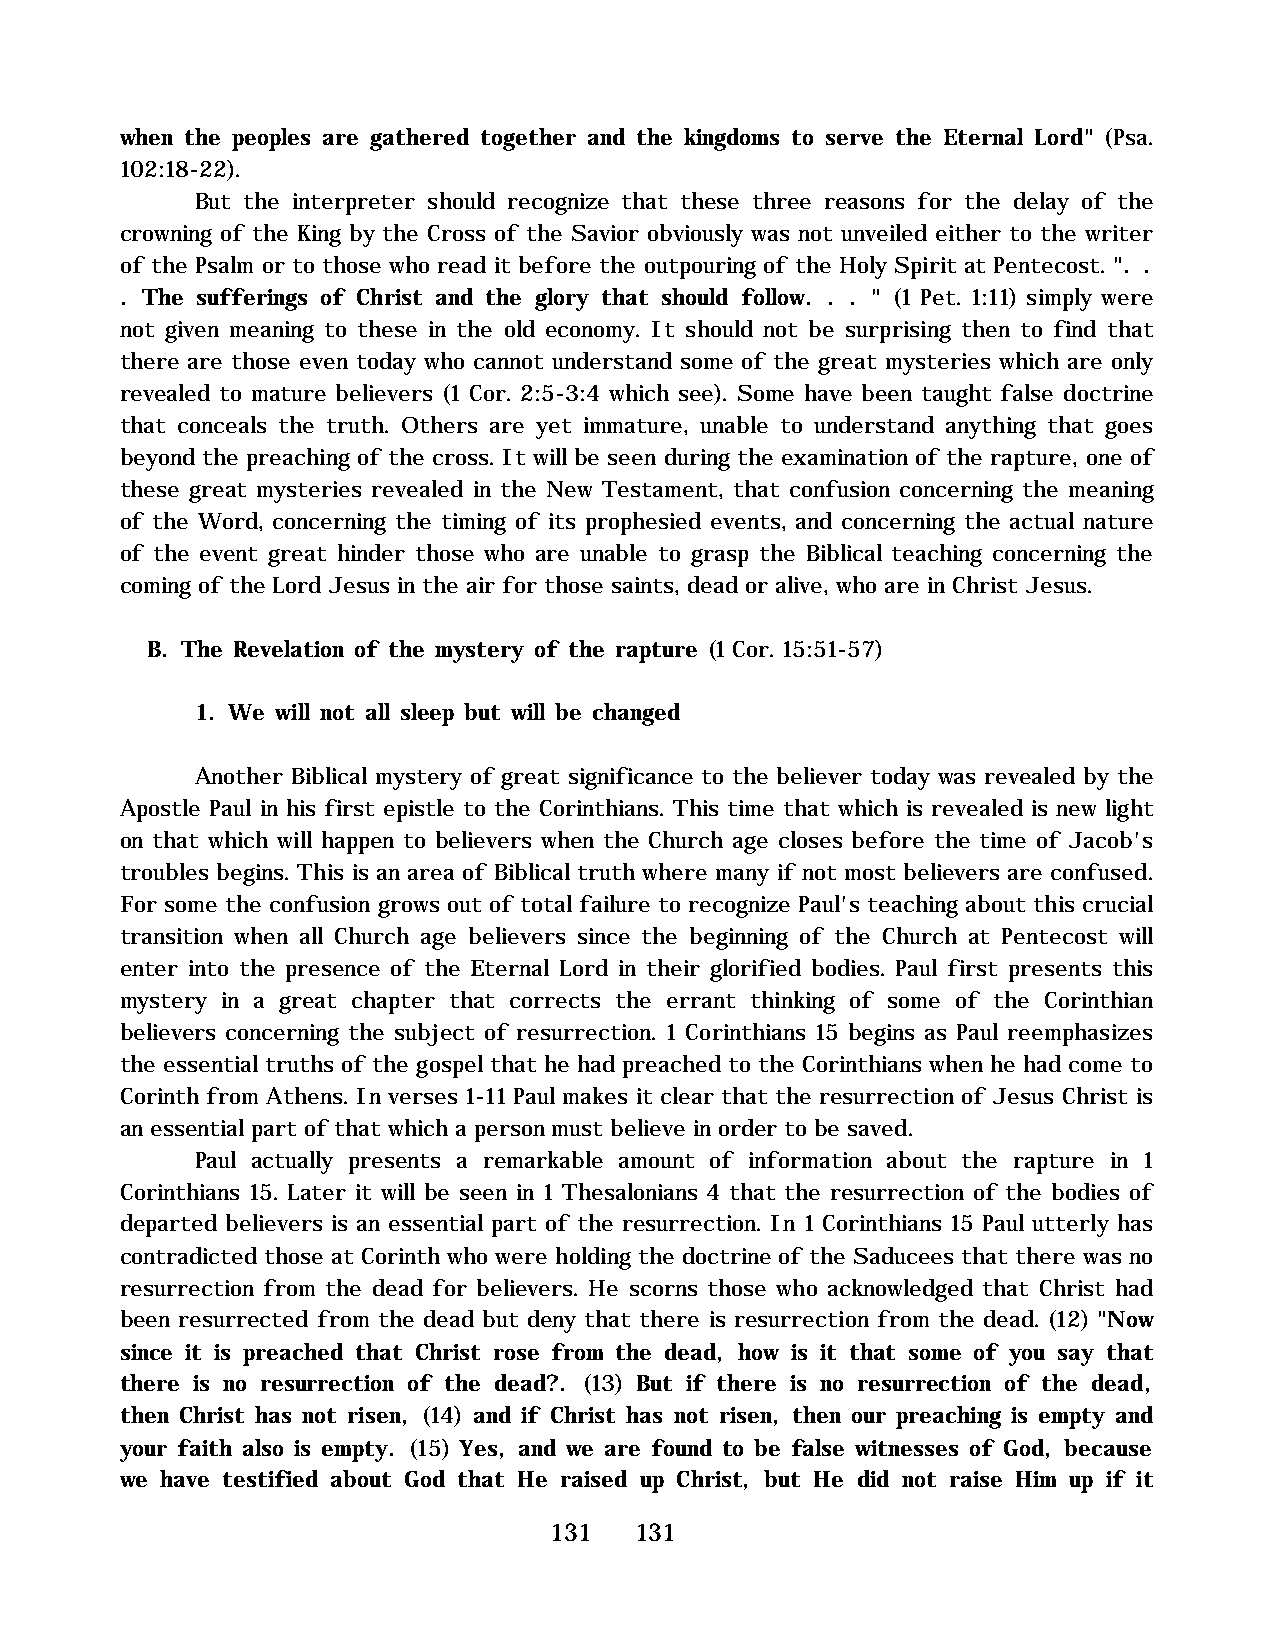
when the peoples are gathered together and the kingdoms to serve the Eternal Lord" (Psa.
 102:18-22).
 But the interpreter should recognize that these three reasons for the delay of the
 crowning of the King by the Cross of the Savior obviously was not unveiled either to the writer
 of the Psalm or to those who read it before the outpouring of the Holy Spirit at Pentecost. ". .
 . The sufferings of Christ and the glory that should follow. . . " (1 Pet. 1:11) simply were
 not given meaning to these in the old economy. It should not be surprising then to find that
 there are those even today who cannot understand some of the great mysteries which are only
 revealed to mature believers (1 Cor. 2:5-3:4 which see). Some have been taught false doctrine
 that conceals the truth. Others are yet immature, unable to understand anything that goes
 beyond the preaching of the cross. It will be seen during the examination of the rapture, one of
 these great mysteries revealed in the New Testament, that confusion concerning the meaning
 of the Word, concerning the timing of its prophesied events, and concerning the actual nature
 of the event great hinder those who are unable to grasp the Biblical teaching concerning the
 coming of the Lord Jesus in the air for those saints, dead or alive, who are in Christ Jesus.
 B. The Revelation of the mystery of the rapture (1 Cor. 15:51-57)
 1. We will not all sleep but will be changed
 Another Biblical mystery of great significance to the believer today was revealed by the
 Apostle Paul in his first epistle to the Corinthians. This time that which is revealed is new light
 on that which will happen to believers when the Church age closes before the time of Jacob's
 troubles begins. This is an area of Biblical truth where many if not most believers are confused.
 For some the confusion grows out of total failure to recognize Paul's teaching about this crucial
 transition when all Church age believers since the beginning of the Church at Pentecost will
 enter into the presence of the Eternal Lord in their glorified bodies. Paul first presents this
 mystery in a great chapter that corrects the errant thinking of some of the Corinthian
 believers concerning the subject of resurrection. 1 Corinthians 15 begins as Paul reemphasizes
 the essential truths of the gospel that he had preached to the Corinthians when he had come to
 Corinth from Athens. In verses 1-11 Paul makes it clear that the resurrection of Jesus Christ is
 an essential part of that which a person must believe in order to be saved.
 Paul actually presents a remarkable amount of information about the rapture in 1
 Corinthians 15. Later it will be seen in 1 Thesalonians 4 that the resurrection of the bodies of
 departed believers is an essential part of the resurrection. In 1 Corinthians 15 Paul utterly has
 contradicted those at Corinth who were holding the doctrine of the Saducees that there was no
 resurrection from the dead for believers. He scorns those who acknowledged that Christ had
 been resurrected from the dead but deny that there is resurrection from the dead. (12) "Now
 since it is preached that Christ rose from the dead, how is it that some of you say that
 there is no resurrection of the dead?. (13) But if there is no resurrection of the dead,
 then Christ has not risen, (14) and if Christ has not risen, then our preaching is empty and
 your faith also is empty. (15) Yes, and we are found to be false witnesses of God, because
 we have testified about God that He raised up Christ, but He did not raise Him up if it
 131   131